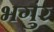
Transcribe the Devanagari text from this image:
भगुंर